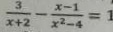
\frac { 3 } { x + 2 } - \frac { x - 1 } { x ^ { 2 } - 4 } = 1